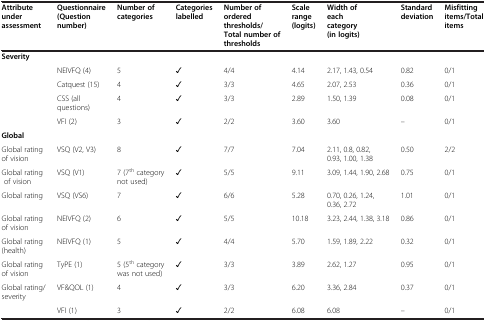
<table><thead><tr><td><b>Attribute under assessment</b></td><td><b>Questionnaire (Question number)</b></td><td><b>Number of categories</b></td><td><b>Categories labelled</b></td><td><b>Number of ordered thresholds/Total number of thresholds</b></td><td><b>Scale range (logits)</b></td><td><b>Width of each category (in logits)</b></td><td><b>Standard deviation</b></td><td><b>Misfitting items/Total items</b></td></tr></thead><tbody><tr><td><b>Severity</b></td><td> </td><td> </td><td> </td><td> </td><td> </td><td> </td><td> </td><td> </td></tr><tr><td> </td><td>NEIVFQ (4)</td><td>5</td><td>✓</td><td>4/4</td><td>4.14</td><td>2.17, 1.43, 0.54</td><td>0.82</td><td>0/1</td></tr><tr><td> </td><td>Catquest (15)</td><td>4</td><td>✓</td><td>3/3</td><td>4.65</td><td>2.07, 2.53</td><td>0.36</td><td>0/1</td></tr><tr><td> </td><td>CSS (all questions)</td><td>4</td><td>✓</td><td>3/3</td><td>2.89</td><td>1.50, 1.39</td><td>0.08</td><td>0/1</td></tr><tr><td> </td><td>VFI (2)</td><td>3</td><td>✓</td><td>2/2</td><td>3.60</td><td>3.60</td><td>–</td><td>0/1</td></tr><tr><td><b>Global</b></td><td> </td><td> </td><td> </td><td> </td><td> </td><td> </td><td> </td><td> </td></tr><tr><td>Global rating of vision</td><td>VSQ (V2, V3)</td><td>8</td><td>✓</td><td>7/7</td><td>7.04</td><td>2.11, 0.8, 0.82, 0.93, 1.00, 1.38</td><td>0.50</td><td>2/2</td></tr><tr><td>Global ratingof vision</td><td>VSQ (V1)</td><td>7 (7<sup>th</sup> category not used)</td><td>✓</td><td>5/5</td><td>9.11</td><td>3.09, 1.44, 1.90, 2.68</td><td>0.75</td><td>0/1</td></tr><tr><td>Global rating</td><td>VSQ (VS6)</td><td>7</td><td>✓</td><td>6/6</td><td>5.28</td><td>0.70, 0.26, 1.24, 0.36, 2.72</td><td>1.01</td><td>0/1</td></tr><tr><td>Global rating of vision</td><td>NEIVFQ (2)</td><td>6</td><td>✓</td><td>5/5</td><td>10.18</td><td>3.23, 2.44, 1.38, 3.18</td><td>0.86</td><td>0/1</td></tr><tr><td>Global rating (health)</td><td>NEIVFQ (1)</td><td>5</td><td>✓</td><td>4/4</td><td>5.70</td><td>1.59, 1.89, 2.22</td><td>0.32</td><td>0/1</td></tr><tr><td>Global rating of vision</td><td>TyPE (1)</td><td>5 (5<sup>th</sup> category was not used)</td><td>✓</td><td>3/3</td><td>3.89</td><td>2.62, 1.27</td><td>0.95</td><td>0/1</td></tr><tr><td>Global rating/severity</td><td>VF&amp;QOL (1)</td><td>4</td><td>✓</td><td>3/3</td><td>6.20</td><td>3.36, 2.84</td><td>0.37</td><td>0/1</td></tr><tr><td> </td><td>VFI (1)</td><td>3</td><td>✓</td><td>2/2</td><td>6.08</td><td>6.08</td><td>–</td><td>0/1</td></tr></tbody></table>